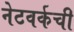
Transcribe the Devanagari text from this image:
नेटवर्कची